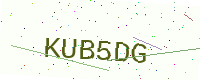
Text: KUB5DG